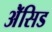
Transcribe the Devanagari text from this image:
ॲेसिड